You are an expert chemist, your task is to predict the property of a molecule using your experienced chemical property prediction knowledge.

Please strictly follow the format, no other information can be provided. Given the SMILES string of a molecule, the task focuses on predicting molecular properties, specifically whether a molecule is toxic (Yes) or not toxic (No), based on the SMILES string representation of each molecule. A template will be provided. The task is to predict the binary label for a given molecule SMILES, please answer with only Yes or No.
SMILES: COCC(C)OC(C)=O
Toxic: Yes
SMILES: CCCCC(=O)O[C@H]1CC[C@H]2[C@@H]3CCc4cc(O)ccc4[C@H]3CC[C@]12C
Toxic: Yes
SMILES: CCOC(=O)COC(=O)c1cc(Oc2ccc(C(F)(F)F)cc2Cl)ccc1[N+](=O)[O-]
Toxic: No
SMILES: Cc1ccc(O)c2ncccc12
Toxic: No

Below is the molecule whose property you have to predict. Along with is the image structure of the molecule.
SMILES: CC1(c2ccc(Oc3ccccc3)cc2)OC(=O)N(Nc2ccccc2)C1=O
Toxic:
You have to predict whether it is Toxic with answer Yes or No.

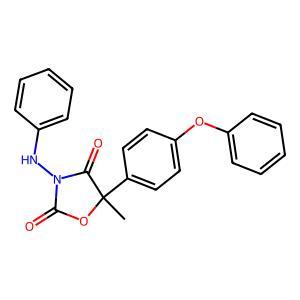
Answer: No